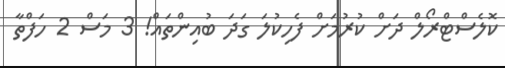
ކޮލެސްޓްރޯލް ދަށް ކުރުމަށް ފެހިކުލަ ގަދަ ބުއިންތައް! 3 މަސް 2 ހަފްތާ